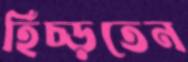
হিঁচ্‌ড়তেন